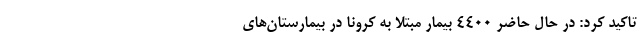
تاکید کرد: در حال حاضر ۴۴۰۰ بیمار مبتلا به کرونا در بیمارستان‌های